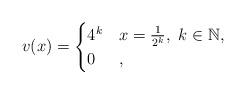
LaTeX: \begin{align*}v(x)=\begin{cases} 4^k& x=\frac{1}{2^k}, \ k\in \mathbb N,\\ 0& , \end{cases}\end{align*}